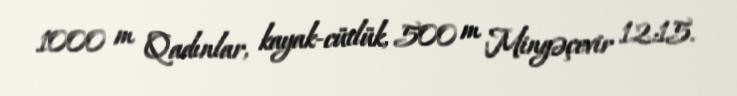
1000 m Qadınlar, kayak-cütlük, 500 m Mingəçevir 12:15.